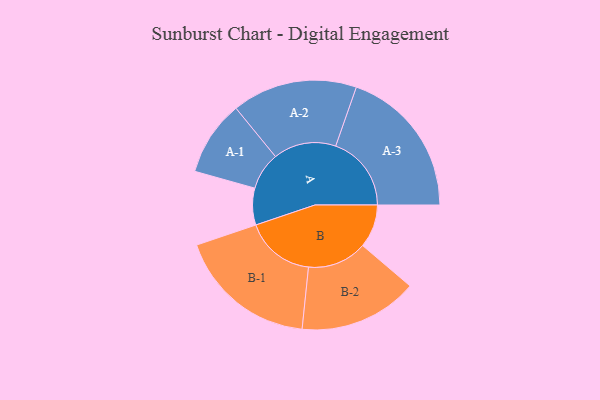
{"axis": {"x": "Segment", "y": "Value"}, "legend": ["", "A", "B"], "data": [{"x": "A", "y": 136, "type": ""}, {"x": "B", "y": 160, "type": ""}, {"x": "A-1", "y": 139, "type": "A"}, {"x": "A-2", "y": 232, "type": "A"}, {"x": "A-3", "y": 280, "type": "A"}, {"x": "B-1", "y": 259, "type": "B"}, {"x": "B-2", "y": 220, "type": "B"}]}